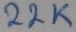
Text: 22K